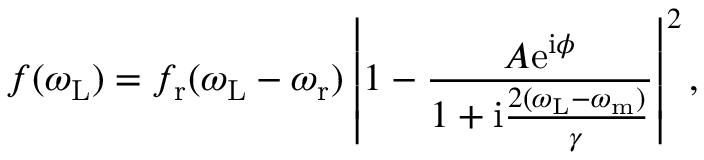
f ( \omega _ { \mathrm { L } } ) = f _ { \mathrm { r } } ( \omega _ { \mathrm { L } } - \omega _ { \mathrm { r } } ) \left\vert 1 - \frac { A \mathrm { e } ^ { \mathrm { i } \phi } } { 1 + \mathrm { i } \frac { 2 ( \omega _ { \mathrm { L } } - \omega _ { \mathrm { m } } ) } { \gamma } } \right\vert ^ { 2 } ,